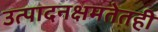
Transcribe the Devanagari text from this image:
उत्पादनक्षमतेतही